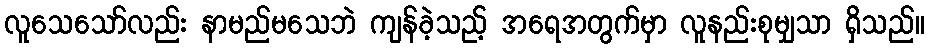
လူသေသော်လည်း နာမည်မသေဘဲ ကျန်ခဲ့သည့် အရေအတွက်မှာ လူနည်းစုမျှသာ ရှိသည်။